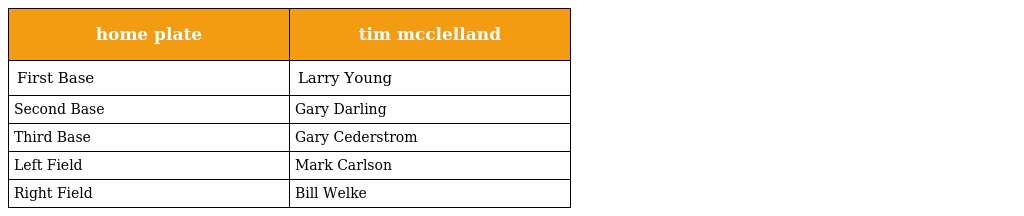
| home plate | tim mcclelland |
 | --- | --- |
 | First Base | Larry Young |
 | Second Base | Gary Darling |
 | Third Base | Gary Cederstrom |
 | Left Field | Mark Carlson |
 | Right Field | Bill Welke |